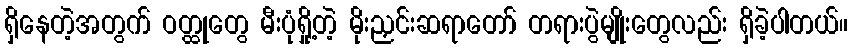
ရှိနေတဲ့အတွက် ဝတ္ထုတွေ မီးပုံရှို့တဲ့ မိုးညှင်းဆရာတော် တရားပွဲမျိုးတွေလည်း ရှိခဲ့ပါတယ်။